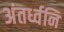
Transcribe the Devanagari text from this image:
अंतर्ध्वनि